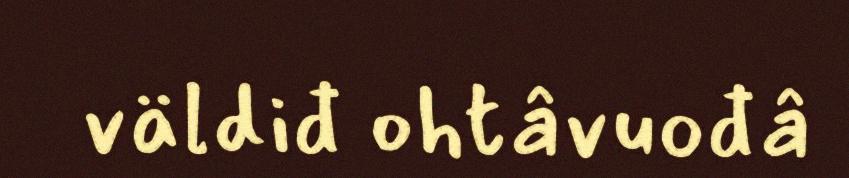
väldiđ ohtâvuođâ